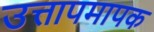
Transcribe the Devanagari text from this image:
उत्तापमापक